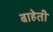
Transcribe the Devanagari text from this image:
बाहेती